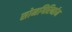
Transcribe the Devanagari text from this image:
सोमगिरिर्नाम